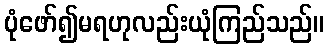
ပုံဖော်၍မရဟုလည်းယုံကြည်သည်။